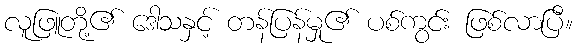
လူဖြူတို့၏ ဒေါသနှင့် တန်ပြန်မှု၏ ပစ်ကွင်း ဖြစ်လာပြီ။